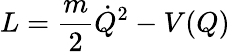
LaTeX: L={\frac{m}{2}}\dot{Q}^{2}-V(Q)